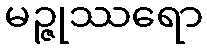
မဉ္ဇုဿရော